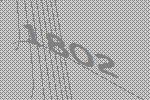
1802